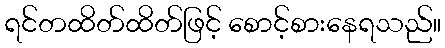
ရင်တထိတ်ထိတ်ဖြင့် စောင့်စားနေရသည်။